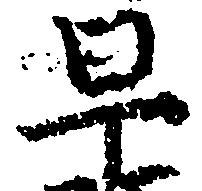
早